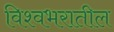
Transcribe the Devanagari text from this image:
विश्वभरातील